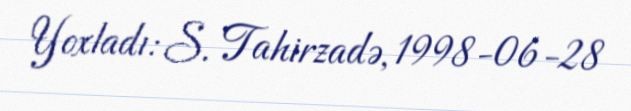
Yoxladı: S. Tahirzadə, 1998-06-28